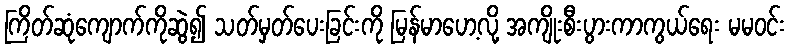
ကြိတ်ဆုံကျောက်ကိုဆွဲ၍ သတ်မှတ်ပေးခြင်းကို မြန်မာဟေ့လို့ အကျိုးစီးပွားကာကွယ်ရေး မမဝင်း